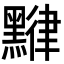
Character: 𪑯